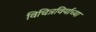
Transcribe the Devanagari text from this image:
विचित्रविर्याच्या